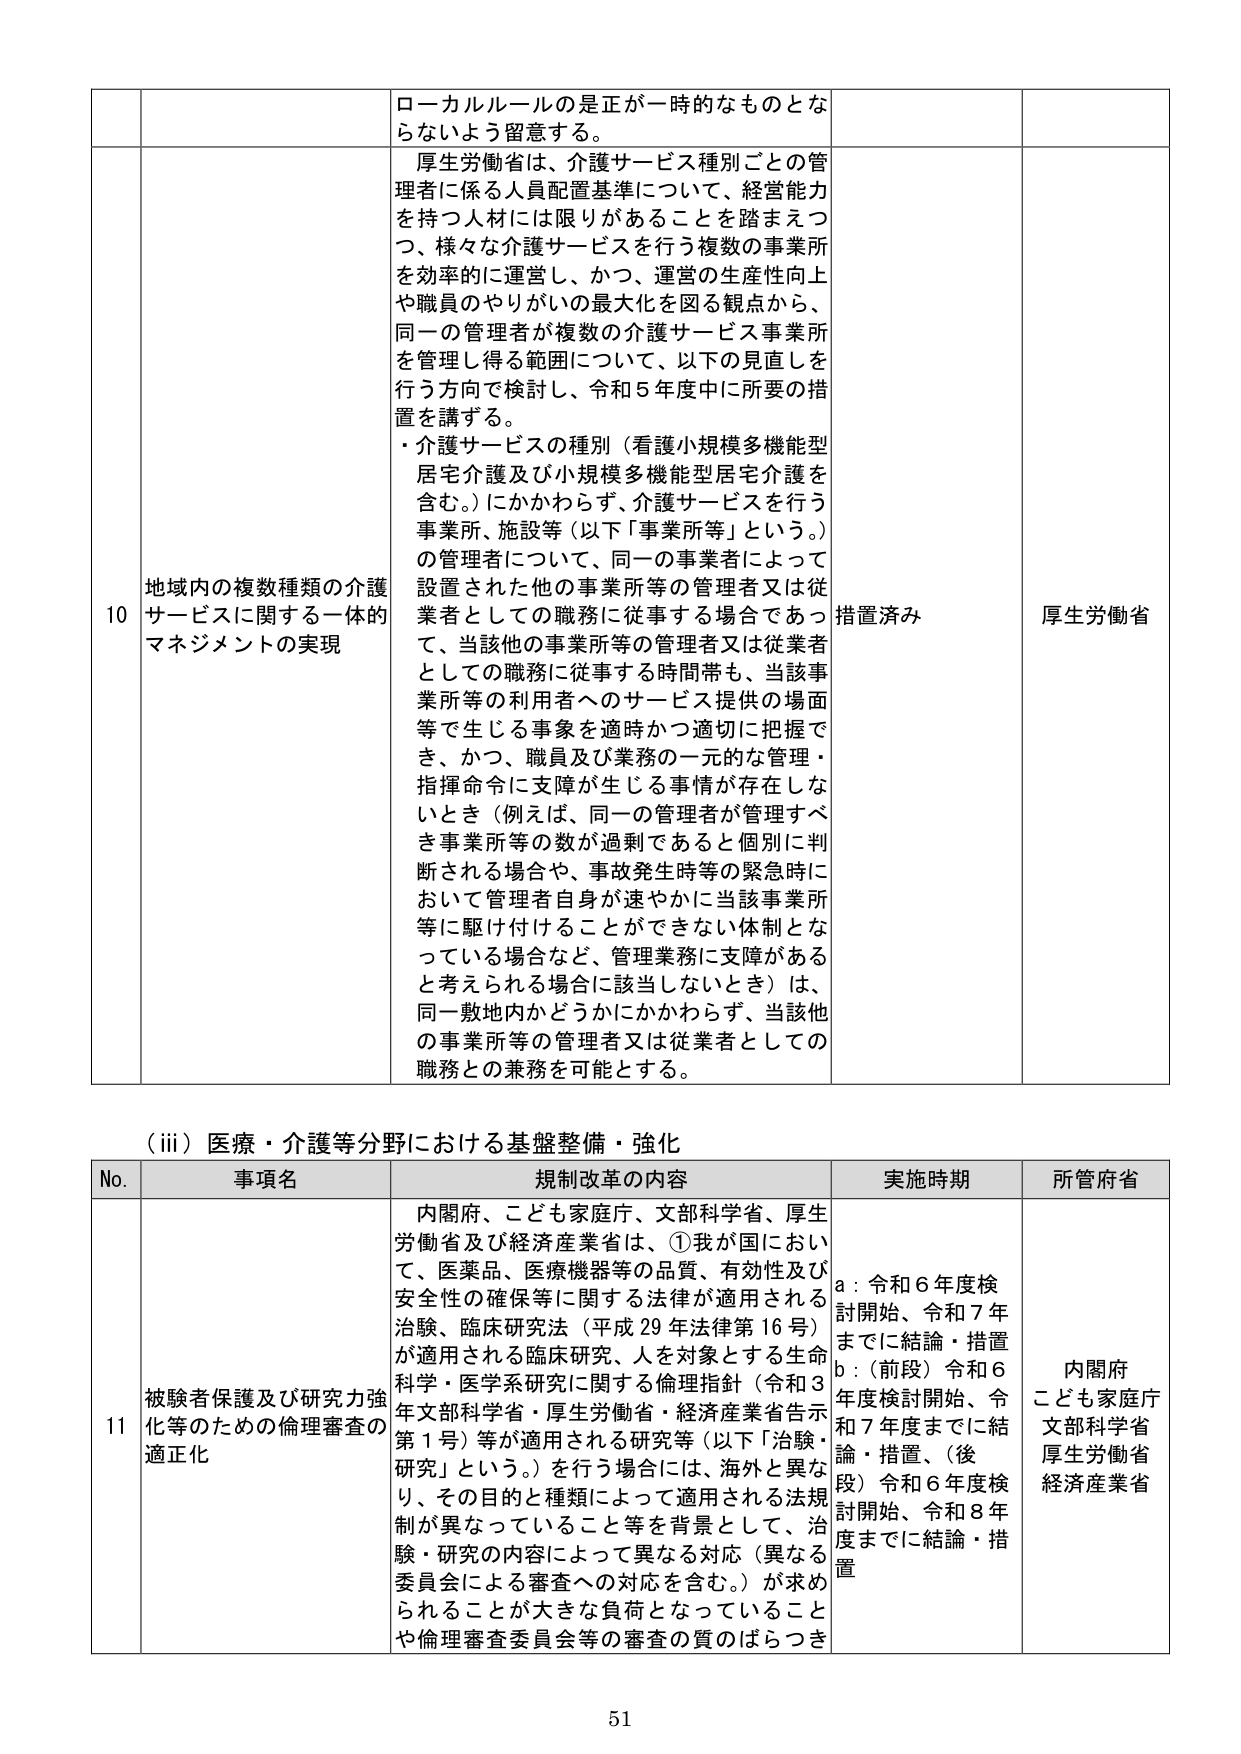
ローカルルールの是正が一時的なものとならないよう留意する。

10 地域内の複数種類の介護サービスに関する一体的マネジメントの実現
厚生労働省は、介護サービス種別ごとの管理者に係る人員配置基準について、経営能力を持つ人材には限りがあることを踏まえつつ、様々な介護サービスを行う複数の事業所を効率的に運営し、かつ、運営の生産性向上や職員のやりがいの最大化を図る観点から、同一の管理者が複数の介護サービス事業所を管理し得る範囲について、以下の見直しを行う方向で検討し、令和5年度中に所要の措置を講ずる。
・介護サービスの種別（看護小規模多機能型居宅介護及び小規模多機能型居宅介護を含む。）にかかわらず、介護サービスを行う事業所、施設等（以下「事業所等」という。）の管理者について、同一の事業者によって設置された他の事業所等の管理者又は従業者としての職務に従事する場合であって、当該他の事業所等の管理者又は従業者としての職務に従事する時間帯も、当該事業所等の利用者へのサービス提供の場面等で生じる事象を適時かつ適切に把握でき、かつ、職員及び業務の一元的な管理・指揮命令に支障が生じる事情が存在しないとき（例えば、同一の管理者が管理すべき事業所等の数が過剰であると個別に判断される場合や、事故発生時等の緊急時において管理者自身が速やかに当該事業所等に駆け付けることができない体制となっている場合など、管理業務に支障があると考えられる場合に該当しないとき）は、同一敷地内かどうかにかかわらず、当該他の事業所等の管理者又は従業者としての職務との兼務を可能とする。
措置済み
厚生労働省

（iii）医療・介護等分野における基盤整備・強化

No. 事項名 規制改革の内容 実施時期 所管府省

11 被験者保護及び研究力強化等のための倫理審査の適正化
内閣府、こども家庭庁、文部科学省、厚生労働省及び経済産業省は、①我が国において、医薬品、医療機器等の品質、有効性及び安全性の確保等に関する法律が適用される治験、臨床研究法（平成29年法律第16号）が適用される臨床研究、人を対象とする生命科学・医学系研究に関する倫理指針（令和3年文部科学省・厚生労働省・経済産業省告示第1号）等が適用される研究等（以下「治験・研究」という。）を行う場合には、海外と異なり、その目的と種類によって適用される法規制が異なっていること等を背景として、治験・研究の内容によって異なる対応（異なる委員会による審査への対応を含む。）が求められることが大きな負荷となっていることや倫理審査委員会等の審査の質のばらつき
a：令和6年度検討開始、令和7年度までに結論・措置
b：（前段）令和6年度検討開始、令和7年度までに結論・措置、（後段）令和6年度検討開始、令和8年度までに結論・措置
内閣府
こども家庭庁
文部科学省
厚生労働省
経済産業省

51